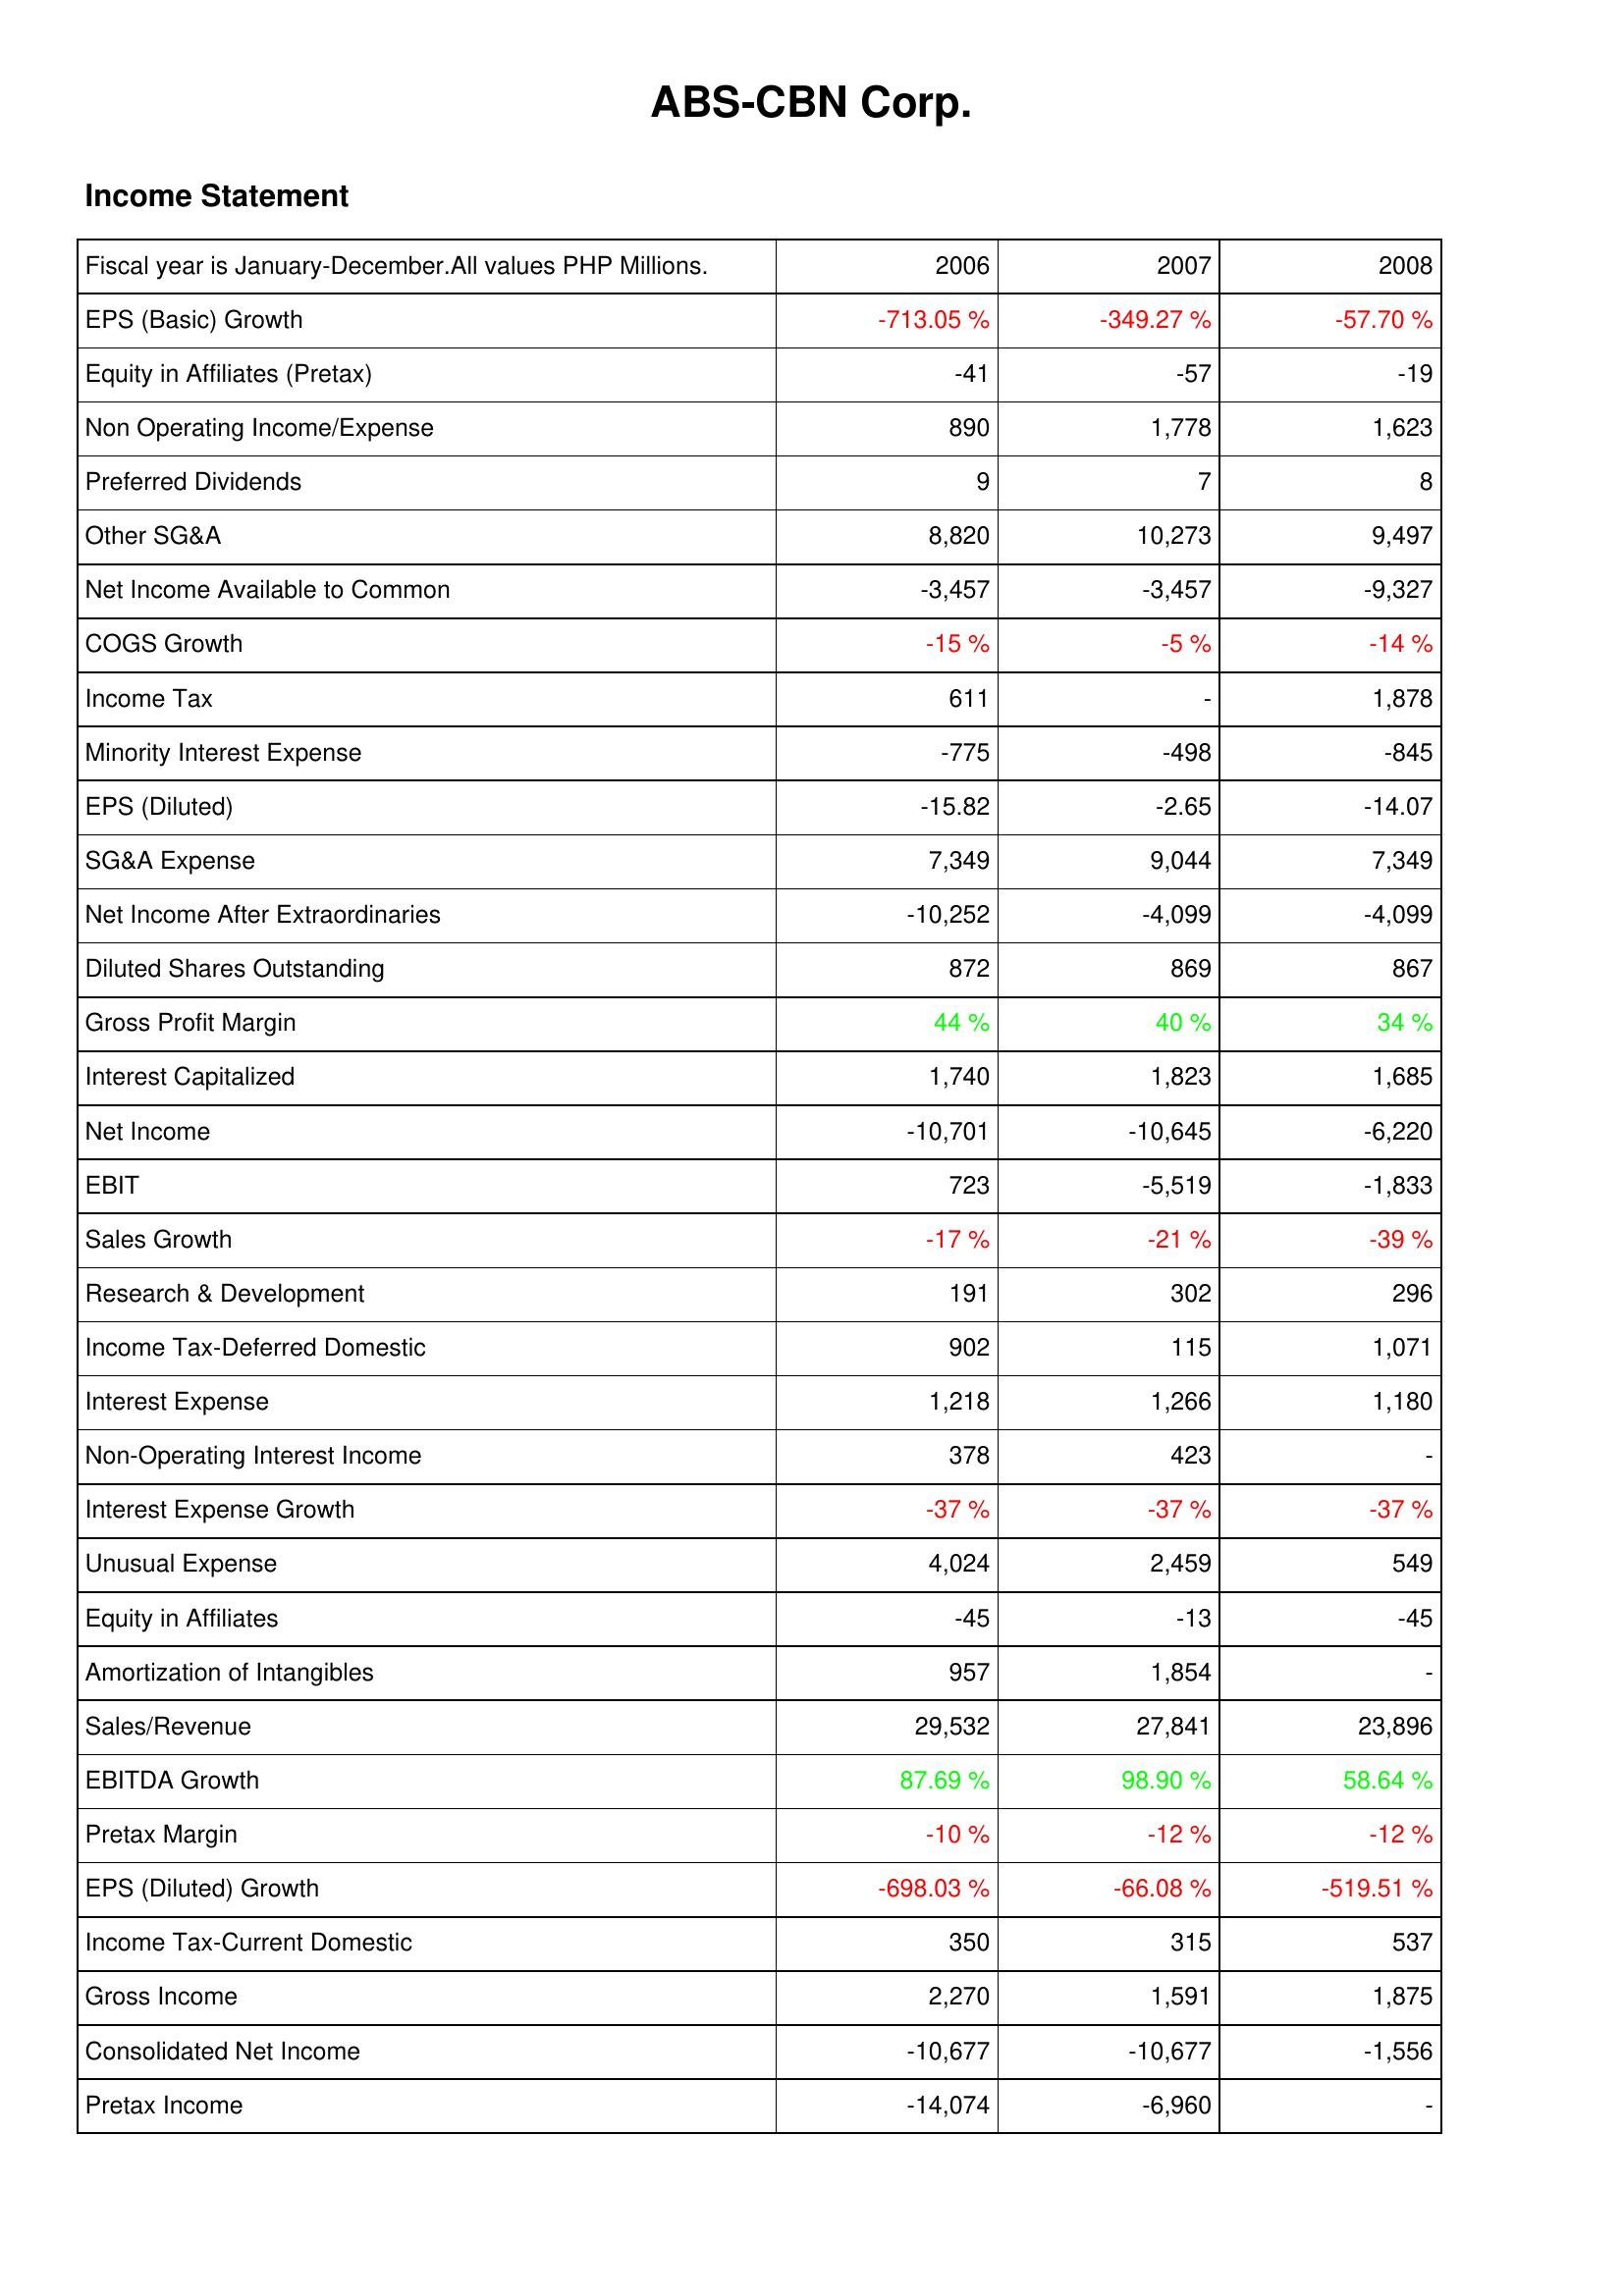
2006: Income Statement: EPS (Basic) Growth: -713.05 %
Equity in Affiliates (Pretax): -41
Non Operating Income/Expense: 890
Preferred Dividends: 9
Other SG&A: 8,820
Net Income Available to Common: -3,457
COGS Growth: -15 %
Income Tax: 611
Minority Interest Expense: -775
EPS (Diluted): -15.82
SG&A Expense: 7,349
Net Income After Extraordinaries: -10,252
Diluted Shares Outstanding: 872
Gross Profit Margin: 44 %
Interest Capitalized: 1,740
Net Income: -10,701
EBIT: 723
Sales Growth: -17 %
Research & Development: 191
Income Tax-Deferred Domestic: 902
Interest Expense: 1,218
Non-Operating Interest Income: 378
Interest Expense Growth: -37 %
Unusual Expense: 4,024
Equity in Affiliates: -45
Amortization of Intangibles: 957
Sales/Revenue: 29,532
EBITDA Growth: 87.69 %
Pretax Margin: -10 %
EPS (Diluted) Growth: -698.03 %
Income Tax-Current Domestic: 350
Gross Income: 2,270
Consolidated Net Income: -10,677
Pretax Income: -14,074
2007: Income Statement: EPS (Basic) Growth: -349.27 %
Equity in Affiliates (Pretax): -57
Non Operating Income/Expense: 1,778
Preferred Dividends: 7
Other SG&A: 10,273
Net Income Available to Common: -3,457
COGS Growth: -5 %
Income Tax: -
Minority Interest Expense: -498
EPS (Diluted): -2.65
SG&A Expense: 9,044
Net Income After Extraordinaries: -4,099
Diluted Shares Outstanding: 869
Gross Profit Margin: 40 %
Interest Capitalized: 1,823
Net Income: -10,645
EBIT: -5,519
Sales Growth: -21 %
Research & Development: 302
Income Tax-Deferred Domestic: 115
Interest Expense: 1,266
Non-Operating Interest Income: 423
Interest Expense Growth: -37 %
Unusual Expense: 2,459
Equity in Affiliates: -13
Amortization of Intangibles: 1,854
Sales/Revenue: 27,841
EBITDA Growth: 98.90 %
Pretax Margin: -12 %
EPS (Diluted) Growth: -66.08 %
Income Tax-Current Domestic: 315
Gross Income: 1,591
Consolidated Net Income: -10,677
Pretax Income: -6,960
2008: Income Statement: EPS (Basic) Growth: -57.70 %
Equity in Affiliates (Pretax): -19
Non Operating Income/Expense: 1,623
Preferred Dividends: 8
Other SG&A: 9,497
Net Income Available to Common: -9,327
COGS Growth: -14 %
Income Tax: 1,878
Minority Interest Expense: -845
EPS (Diluted): -14.07
SG&A Expense: 7,349
Net Income After Extraordinaries: -4,099
Diluted Shares Outstanding: 867
Gross Profit Margin: 34 %
Interest Capitalized: 1,685
Net Income: -6,220
EBIT: -1,833
Sales Growth: -39 %
Research & Development: 296
Income Tax-Deferred Domestic: 1,071
Interest Expense: 1,180
Non-Operating Interest Income: -
Interest Expense Growth: -37 %
Unusual Expense: 549
Equity in Affiliates: -45
Amortization of Intangibles: -
Sales/Revenue: 23,896
EBITDA Growth: 58.64 %
Pretax Margin: -12 %
EPS (Diluted) Growth: -519.51 %
Income Tax-Current Domestic: 537
Gross Income: 1,875
Consolidated Net Income: -1,556
Pretax Income: -